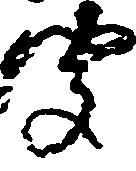
聞